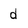
Character: d